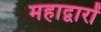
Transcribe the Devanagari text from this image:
महाद्वारों